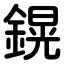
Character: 鎤